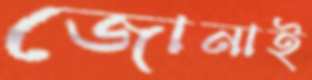
জোনাই